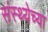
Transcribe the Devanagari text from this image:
संस्थ्येच्या